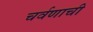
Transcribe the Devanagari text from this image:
चर्वणाची